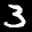
Label: 3